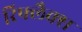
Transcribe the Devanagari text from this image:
रिफ्लैक्‍स